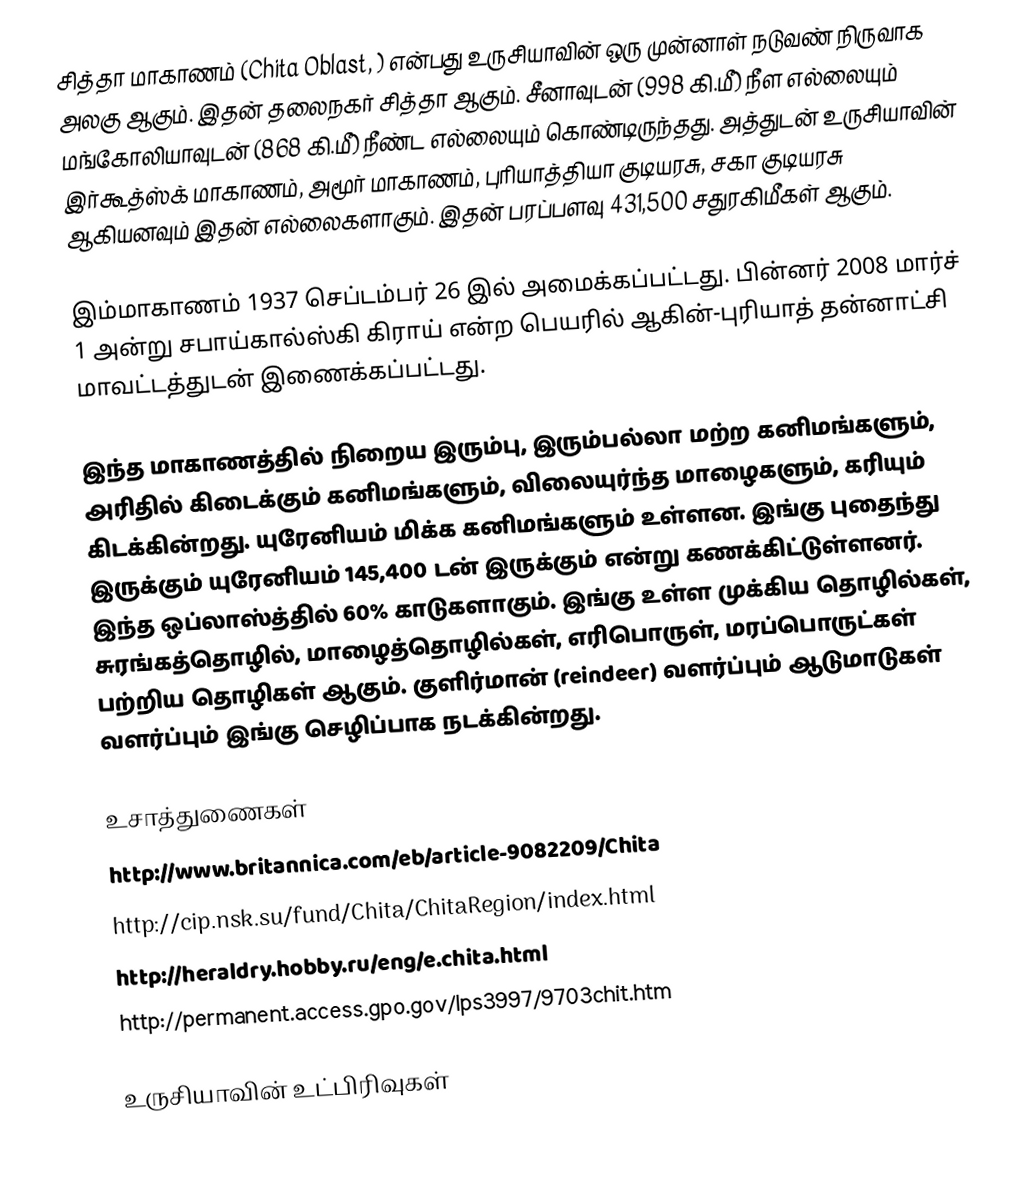
சித்தா மாகாணம் (Chita Oblast, ) என்பது உருசியாவின் ஒரு முன்னாள் நடுவண் நிருவாக அலகு ஆகும். இதன் தலைநகர் சித்தா ஆகும். சீனாவுடன் (998 கி.மீ) நீள எல்லையும் மங்கோலியாவுடன் (868 கி.மீ) நீண்ட எல்லையும் கொண்டிருந்தது. அத்துடன் உருசியாவின் இர்கூத்ஸ்க் மாகாணம், அமூர் மாகாணம், புரியாத்தியா குடியரசு, சகா குடியரசு ஆகியனவும் இதன் எல்லைகளாகும். இதன் பரப்பளவு 431,500 சதுரகிமீகள் ஆகும்.

இம்மாகாணம் 1937 செப்டம்பர் 26 இல் அமைக்கப்பட்டது. பின்னர் 2008 மார்ச் 1 அன்று சபாய்கால்ஸ்கி கிராய் என்ற பெயரில் ஆகின்-புரியாத் தன்னாட்சி மாவட்டத்துடன் இணைக்கப்பட்டது.

இந்த மாகாணத்தில் நிறைய இரும்பு, இரும்பல்லா மற்ற கனிமங்களும், அரிதில் கிடைக்கும் கனிமங்களும், விலையுர்ந்த மாழைகளும், கரியும் கிடக்கின்றது. யுரேனியம் மிக்க கனிமங்களும் உள்ளன. இங்கு புதைந்து இருக்கும் யுரேனியம் 145,400 டன் இருக்கும் என்று கணக்கிட்டுள்ளனர். இந்த ஒப்லாஸ்த்தில் 60% காடுகளாகும். இங்கு உள்ள முக்கிய தொழில்கள், சுரங்கத்தொழில், மாழைத்தொழில்கள், எரிபொருள், மரப்பொருட்கள் பற்றிய தொழிகள் ஆகும். குளிர்மான் (reindeer) வளர்ப்பும் ஆடுமாடுகள் வளர்ப்பும் இங்கு செழிப்பாக நடக்கின்றது.

உசாத்துணைகள்
http://www.britannica.com/eb/article-9082209/Chita
http://cip.nsk.su/fund/Chita/ChitaRegion/index.html
http://heraldry.hobby.ru/eng/e.chita.html
http://permanent.access.gpo.gov/lps3997/9703chit.htm

உருசியாவின் உட்பிரிவுகள்